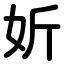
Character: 妡